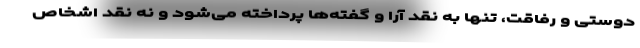
دوستی و رفاقت، تنها به نقد آرا و گفته‌ها پرداخته می‌شود و نه نقد اشخاص